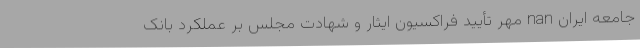
جامعه ايران nan مهر تأیید فراکسیون ایثار و شهادت مجلس بر عملکرد بانک